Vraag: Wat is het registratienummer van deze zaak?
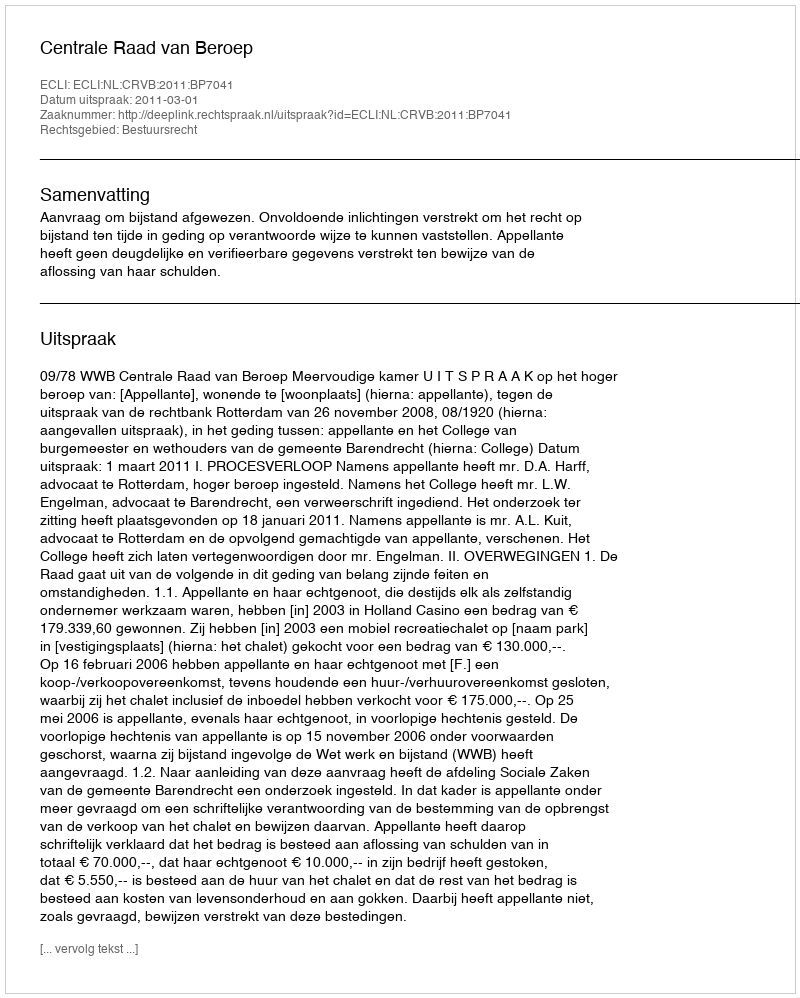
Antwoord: http://deeplink.rechtspraak.nl/uitspraak?id=ECLI:NL:CRVB:2011:BP7041